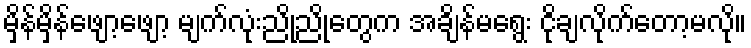
မှိန်မှိန်ဖျော့ဖျော့ မျက်လုံးညိုညိုတွေက အချိန်မရွေး ငိုချလိုက်တော့မလို။